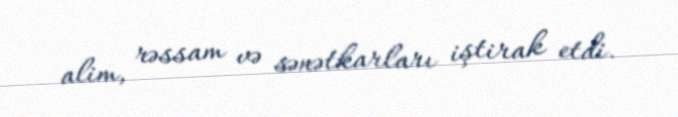
alim, rəssam və sənətkarları iştirak etdi.